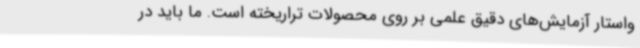
واستار آزمایش‌های دقیق علمی بر روی محصولات تراریخته است. ما باید در